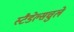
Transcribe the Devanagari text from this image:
स्टैडेल्सचुले